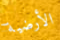
الأرضية